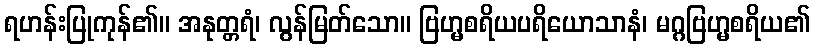
ရဟန်းပြုကုန်၏။ အနုတ္တရံ၊ လွန်မြတ်သော။ ဗြဟ္မစရိယပရိယောသာနံ၊ မဂ္ဂဗြဟ္မစရိယ၏